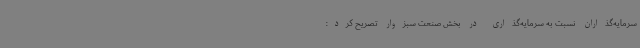
سرمایه‌گذاران نسبت به سرمایه‌گذاری در بخش صنعت سبزوار تصریح کرد: